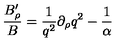
{ \frac { B _ { \rho } ^ { \prime } } { B } } = { \frac { 1 } { q ^ { 2 } } } \partial _ { \rho } q ^ { 2 } - { \frac { 1 } { \alpha } }